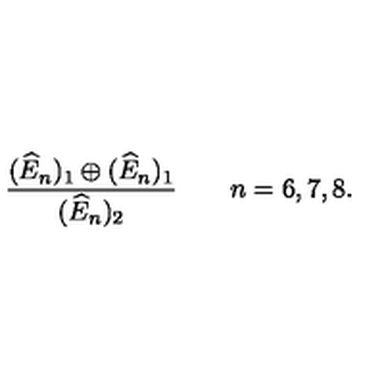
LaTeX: \frac { ( \widehat { E } _ { n } ) _ { 1 } \oplus ( \widehat { E } _ { n } ) _ { 1 } } { ( \widehat { E } _ { n } ) _ { 2 } } \qquad n = 6 , 7 , 8 .